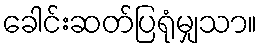
ခေါင်းဆတ်ပြရုံမျှသာ။